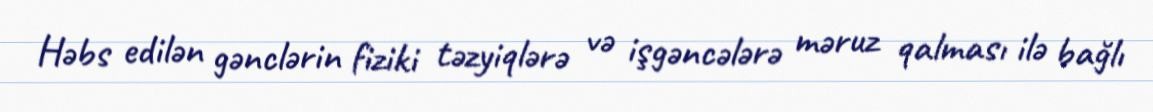
Həbs edilən gənclərin fiziki təzyiqlərə və işgəncələrə məruz qalması ilə bağlı